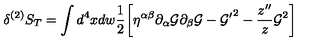
\delta ^ { ( 2 ) } S _ { T } = \int d ^ { 4 } x d w \frac { 1 } { 2 } \biggl [ \eta ^ { \alpha \beta } \partial _ { \alpha } { \cal G } \partial _ { \beta } { \cal G } - { { \cal G } ^ { \prime } } ^ { 2 } - \frac { z ^ { \prime \prime } } { z } { \cal G } ^ { 2 } \biggr ]